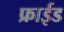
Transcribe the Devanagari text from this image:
फ्राईड